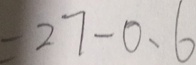
= 2 7 - 0 . 6